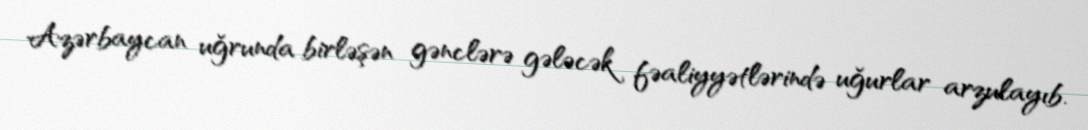
Azərbaycan uğrunda birləşən gənclərə gələcək fəaliyyətlərində uğurlar arzulayıb.